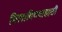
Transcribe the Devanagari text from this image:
मिलाविण्यासाठी